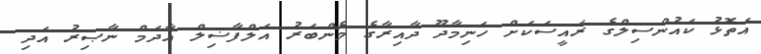
އަތޮޅު ކައުންސިލްގެ ރައީސަކަށް ހަނިމާދޫ ދާއިރާގެ މެންބަރު އަލްފާޟިލް އާދަމް ނާޞިރު އަދި